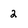
Character: 2